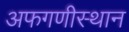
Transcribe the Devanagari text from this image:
अफगणीस्थान